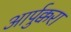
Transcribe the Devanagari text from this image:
आर्पुक्करा